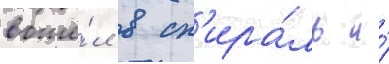
вошё́л в сп'ира́ль и́